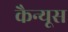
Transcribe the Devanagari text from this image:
कैन्यूस